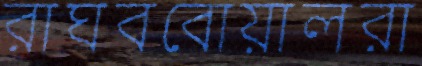
রাঘববোয়ালরা